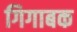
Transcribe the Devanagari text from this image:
गिगाबक